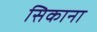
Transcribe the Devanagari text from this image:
सिकाना